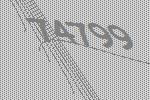
74799